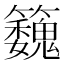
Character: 𮵹